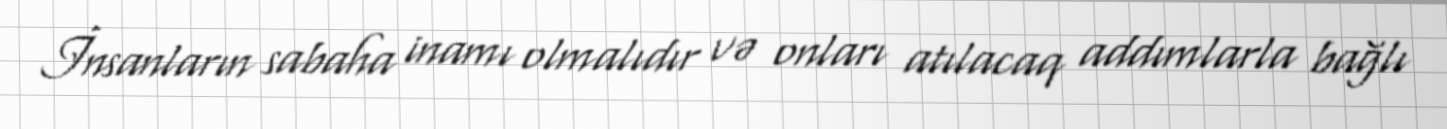
İnsanların sabaha inamı olmalıdır və onları atılacaq addımlarla bağlı